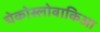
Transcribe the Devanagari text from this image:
चेकोस्लोवाकिआ